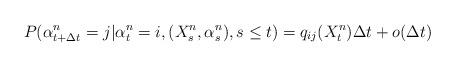
LaTeX: \begin{align*}P(\alpha^{n} _{t+ \Delta t}=j | \alpha^{n}_t=i, (X^n_s, \alpha^{n}_s ), s\leq t)= q_{ij}(X^{n}_t) \Delta t+ o(\Delta t)\end{align*}